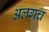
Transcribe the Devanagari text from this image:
अलगच